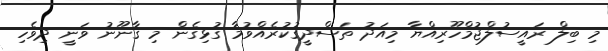
މި ބިލް ރައީސުލްޖުމްހޫރިއްޔާ މިއަދު ތަސްދީޤުކުރެއްވުމާ ގުޅިގެން މި ޤާނޫނު ވަނީ ދިވެހި